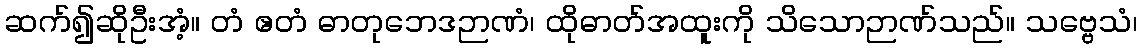
ဆက်၍ဆိုဦးအံ့။ တံ ဧတံ ဓာတုဘေဒဉာဏံ၊ ထိုဓာတ်အထူးကို သိသောဉာဏ်သည်။ သဗ္ဗေသံ၊